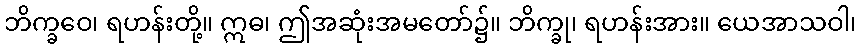
ဘိက္ခဝေ၊ ရဟန်းတို့။ ဣဓ၊ ဤအဆုံးအမတော်၌။ ဘိက္ခု၊ ရဟန်းအား။ ယေအာသဝါ၊